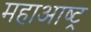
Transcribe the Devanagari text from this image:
महाआष्ट्र